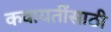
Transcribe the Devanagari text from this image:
कवायतींसाठी